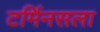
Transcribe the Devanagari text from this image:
टर्मिनसला